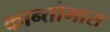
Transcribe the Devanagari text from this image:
कान्तोगास